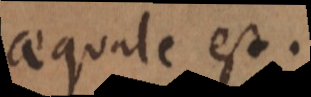
aequale est.